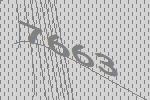
7663